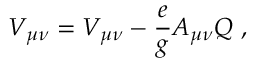
V _ { \mu \nu } = { \cal V } _ { \mu \nu } - \frac { e } { g } A _ { \mu \nu } Q ~ ,